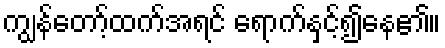
ကျွန်တော့်ထက်အရင် ရောက်နှင့်၍နေ၏။